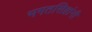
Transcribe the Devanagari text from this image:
भगतसिहांनी